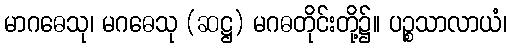
မာဂဓေသု၊ မဂဓေသု (ဆဋ္ဌ) မဂဓတိုင်းတို့၌။ ပဉ္စသာလာယံ၊